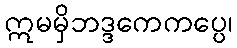
ဣမမှိဘဒ္ဒကေကပ္ပေ၊